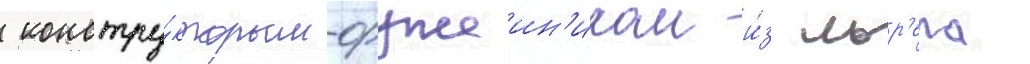
 констру́ктором-оружеин'иком и́з лор'ела